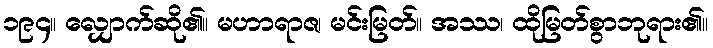
၁၉၄။ လျှောက်ဆို၏။ မဟာရာဇ၊ မင်းမြတ်။ အဿ၊ ထိုမြတ်စွာဘုရား၏။